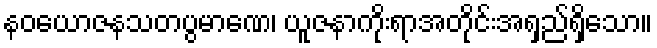
နဝယောဇနသတပွမာဏေ၊ ယူဇနာကိုးရာအတိုင်းအရှည်ရှိသော။